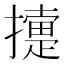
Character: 𢷟